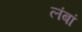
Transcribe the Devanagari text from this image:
लंबां